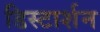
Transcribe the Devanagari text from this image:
डिस्टार्शन